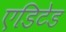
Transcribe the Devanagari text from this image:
एडिटेड